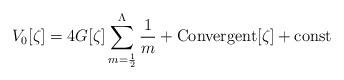
LaTeX: \begin{align*}V_0 [\zeta] = 4 G[\zeta] \sum_{m=\frac{1}{2}}^\Lambda {1\over m} + {\rm {Convergent}}[\zeta] + {\rm{const}}\end{align*}